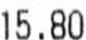
15.80